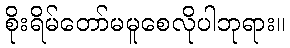
စိုးရိမ်တော်မမူစေလိုပါဘုရား။